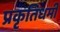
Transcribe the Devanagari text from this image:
प्रकृतिधर्मी